Civil Veterinary Department. Madras. Admin. report 1926-33 - 1926-1933
Year: 1926
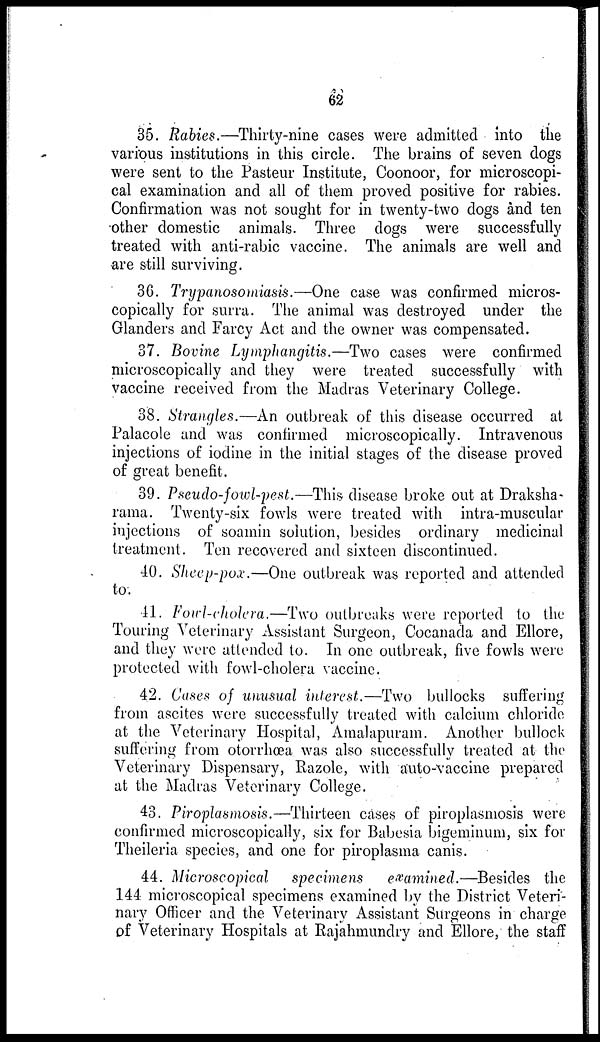
62
35. Rabies.—Thirty-nine cases were admitted into the
various institutions in this circle. The brains of seven dogs
were sent to the Pasteur Institute, Coonoor, for microscopi-
cal examination and all of them proved positive for rabies.
Confirmation was not sought for in twenty-two dogs and ten
other domestic animals. Three dogs were successfully
treated with anti-rabic vaccine. The animals are well and
are still surviving.
36. Trypanosomiasis.—One case was confirmed micros-
copically for surra. The animal was destroyed under the
Glanders and Farcy Act and the owner was compensated.
37. Bovine Lymphangitis.—Two cases were confirmed
microscopically and they were treated successfully with
vaccine received from the Madras Veterinary College.
38. Strangles.—An outbreak of this disease occurred at
Palacole and was confirmed microscopically. Intravenous
injections of iodine in the initial stages of the disease proved
of great benefit.
39. Pseudo-fowl-pest.—This disease broke out at Draksha-
rama. Twenty-six fowls were treated with intra-muscular
injections of soamin solution, besides ordinary medicinal
treatment. Ten recovered and sixteen discontinued.
40. Sheep-pox.—One outbreak was reported and attended
to.
41. Fowl-cholera.—Two outbreaks were reported to the
Touring Veterinary Assistant Surgeon, Cocanada and Ellore,
and they were attended to. In one outbreak, five fowls were
protected with fowl-cholera vaccine.
42. Cases of unusual interest.—Two bullocks suffering
from ascites were successfully treated with calcium chloride
at the Veterinary Hospital, Amalapuram. Another bullock
suffering from otorrhœa was also successfully treated at the
Veterinary Dispensary, Razole, with auto-vaccine prepared
at the Madras Veterinary College.
43. Piroplasmosis.—Thirteen cases of piroplasmosis were
confirmed microscopically, six for Babesia bigeminum, six for
Theileria species, and one for piroplasma canis.
44. Microscopical specimens
examined.—Besides the
144 microscopical specimens examined by the District Veteri-
nary Officer and the Veterinary Assistant Surgeons in charge
of Veterinary Hospitals at Rajahmundry and Ellore, the staff